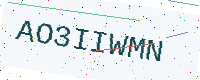
Text: AO3IIWMN